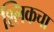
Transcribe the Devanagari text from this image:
श्लिकचा